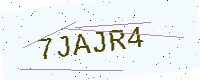
Text: 7JAJR4